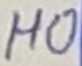
Text: HO